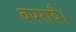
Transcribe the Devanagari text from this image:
बपरावै।